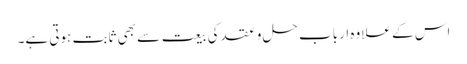
اس کے علاوہ ارباب حل و عقد کی بیعت سے بھی ثابت ہوتی ہے۔